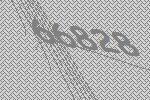
66828